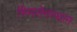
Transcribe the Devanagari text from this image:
भिमसेनस्थान